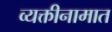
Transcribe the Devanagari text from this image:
व्यक्तीनामात